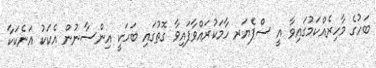
ބަހުގެ މާހިރެއްކަމުގައިވާ އީ ސްޕެޔަރ ހާމަކުރައްވާފައިވާ ގޮތުގައި ބަހަކީ އިންސާނުން އެކަކު އަނެކަކާ